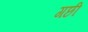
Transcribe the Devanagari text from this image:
गछी